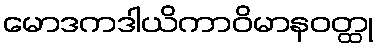
မောဒကဒါယိကာဝိမာနဝတ္ထု